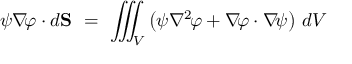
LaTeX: \psi \nabla \! \varphi \cdot d \mathbf { S } \ = \ \iiint _ { V } \left( \psi \nabla ^ { 2 } \! \varphi + \nabla \! \varphi \cdot \nabla \! \psi \right) \, d V